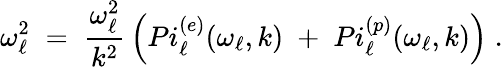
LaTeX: {\omega_{\ell}^{2}\; =\; {\frac{\omega_{\ell}^{2}}{k^{2}}}\left(Pi_{\ell}^{(e)}(\omega_{\ell},k)\; +\; Pi_{\ell}^{(p)}(\omega_{\ell},k)\right)\; .}